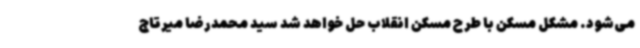
می‌شود. مشکل مسکن با طرح مسکن انقلاب حل خواهد شد سید محمدرضا میرتاج